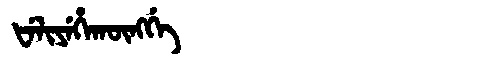
Manchu: ᡶᡝᠯᡳᠶᡝᡥᠠᡴᡡᠩᡤᡝ
Romanization: FELIYEHAKŪNGGE